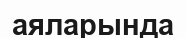
аяларында